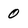
Character: 0